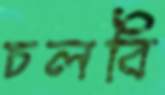
চলবি